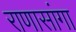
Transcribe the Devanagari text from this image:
राणासांगा